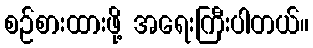
စဉ်စားထားဖို့ အရေးကြီးပါတယ်။